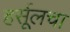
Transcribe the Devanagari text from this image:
हर्सूलचा